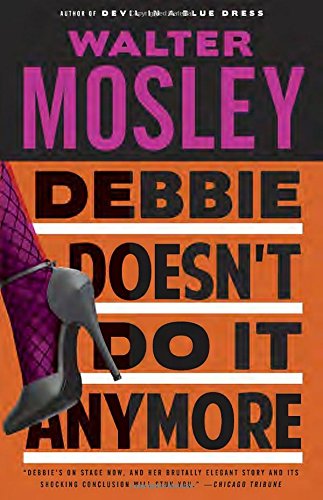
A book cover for Debbie Doesn't Do It Anymore (Vintage Crime/Black Lizard); Walter Mosley; Literature & Fiction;